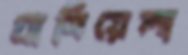
গ্রাসিয়েলা